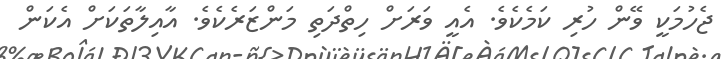
ޖެހުމަކީ ވޭން ހުރި ކަމެކެވެ. އެއީ ވަރަށް ހިތްދަތި މަންޒަރެކެވެ. އާއިލާތަކަށް އެކަން